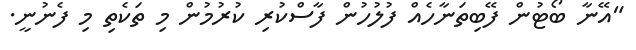
"އޭނާ ބޯޓުން ފޭބިތަނާހެއް ފުލުހުން ފާސްކުރި ކުރުމުން މި ތަކެތި މި ފެނުނީ.